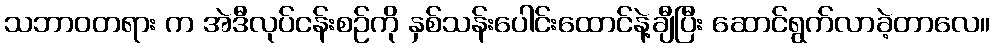
သဘာဝတရား က အဲဒီလုပ်ငန်းစဉ်ကို နှစ်သန်းပေါင်းထောင်နဲ့ချီပြီး ဆောင်ရွက်လာခဲ့တာလေ။